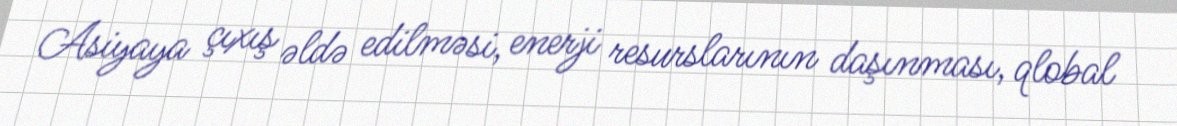
Asiyaya çıxış əldə edilməsi, enerji resurslarının daşınması, qlobal